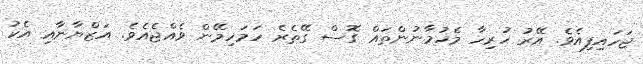
ޖަހައިފިއެވެ. އޭރު ހުރިހާ މެހުމާނުންތައް ގޮސް ގޭތެރެ ހަމަހިމޭން ވެއްޖެއެވެ. އަޒްޔާނާއި އެކު